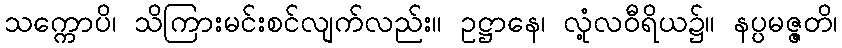
သက္ကောပိ၊ သိကြားမင်းစင်လျက်လည်း။ ဥဋ္ဌာနေ၊ လုံ့လဝီရိယ၌။ နပ္ပမဇ္ဇတိ၊